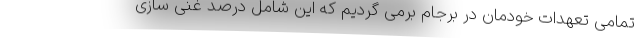
تمامی تعهدات خودمان در برجام برمی گردیم که این شامل درصد غنی سازی